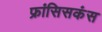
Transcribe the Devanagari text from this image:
फ्रांसिसकंस